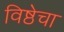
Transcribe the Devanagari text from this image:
विष्ठेचा